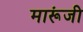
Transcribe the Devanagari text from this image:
मारूंजी